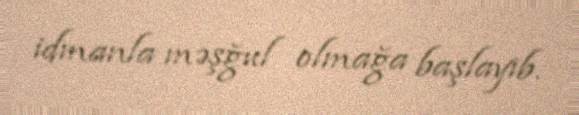
idmanla məşğul olmağa başlayıb.